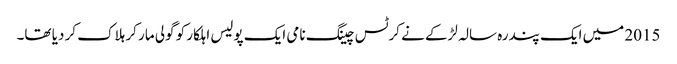
2015 میں ایک پندرہ سالہ لڑکے نے کرٹس چینگ نامی ایک پولیس اہلکار کو گولی مار کر ہلاک کر دیا تھا۔